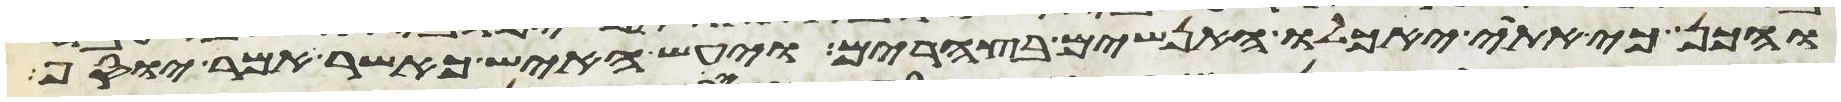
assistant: והכן כי אתי יאכלו האנשים בצהרים ויעש האיש כאשר אמר יוסף